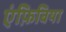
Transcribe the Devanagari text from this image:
एंफ़िबिया